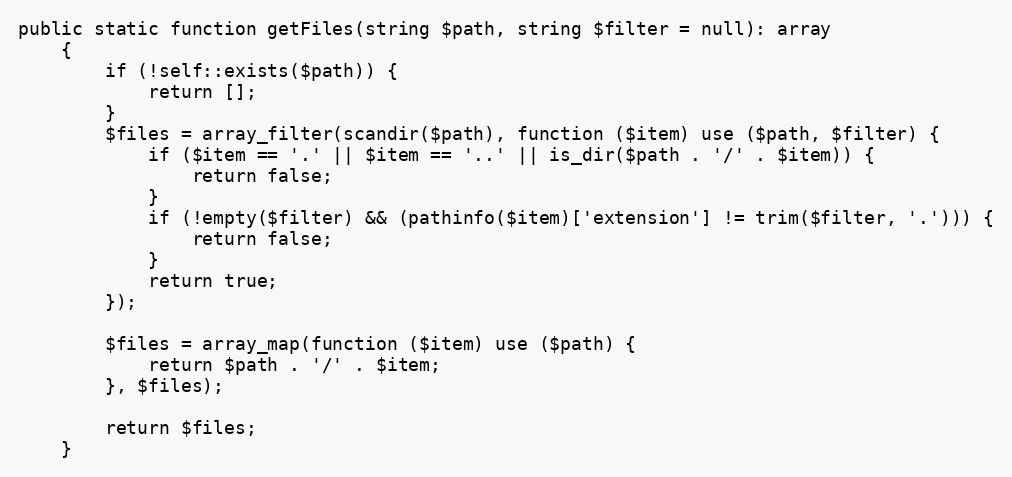
Language: PHP
public static function getFiles(string $path, string $filter = null): array
    {
        if (!self::exists($path)) {
            return [];
        }
        $files = array_filter(scandir($path), function ($item) use ($path, $filter) {
            if ($item == '.' || $item == '..' || is_dir($path . '/' . $item)) {
                return false;
            }
            if (!empty($filter) && (pathinfo($item)['extension'] != trim($filter, '.'))) {
                return false;
            }
            return true;
        });

        $files = array_map(function ($item) use ($path) {
            return $path . '/' . $item;
        }, $files);

        return $files;
    }